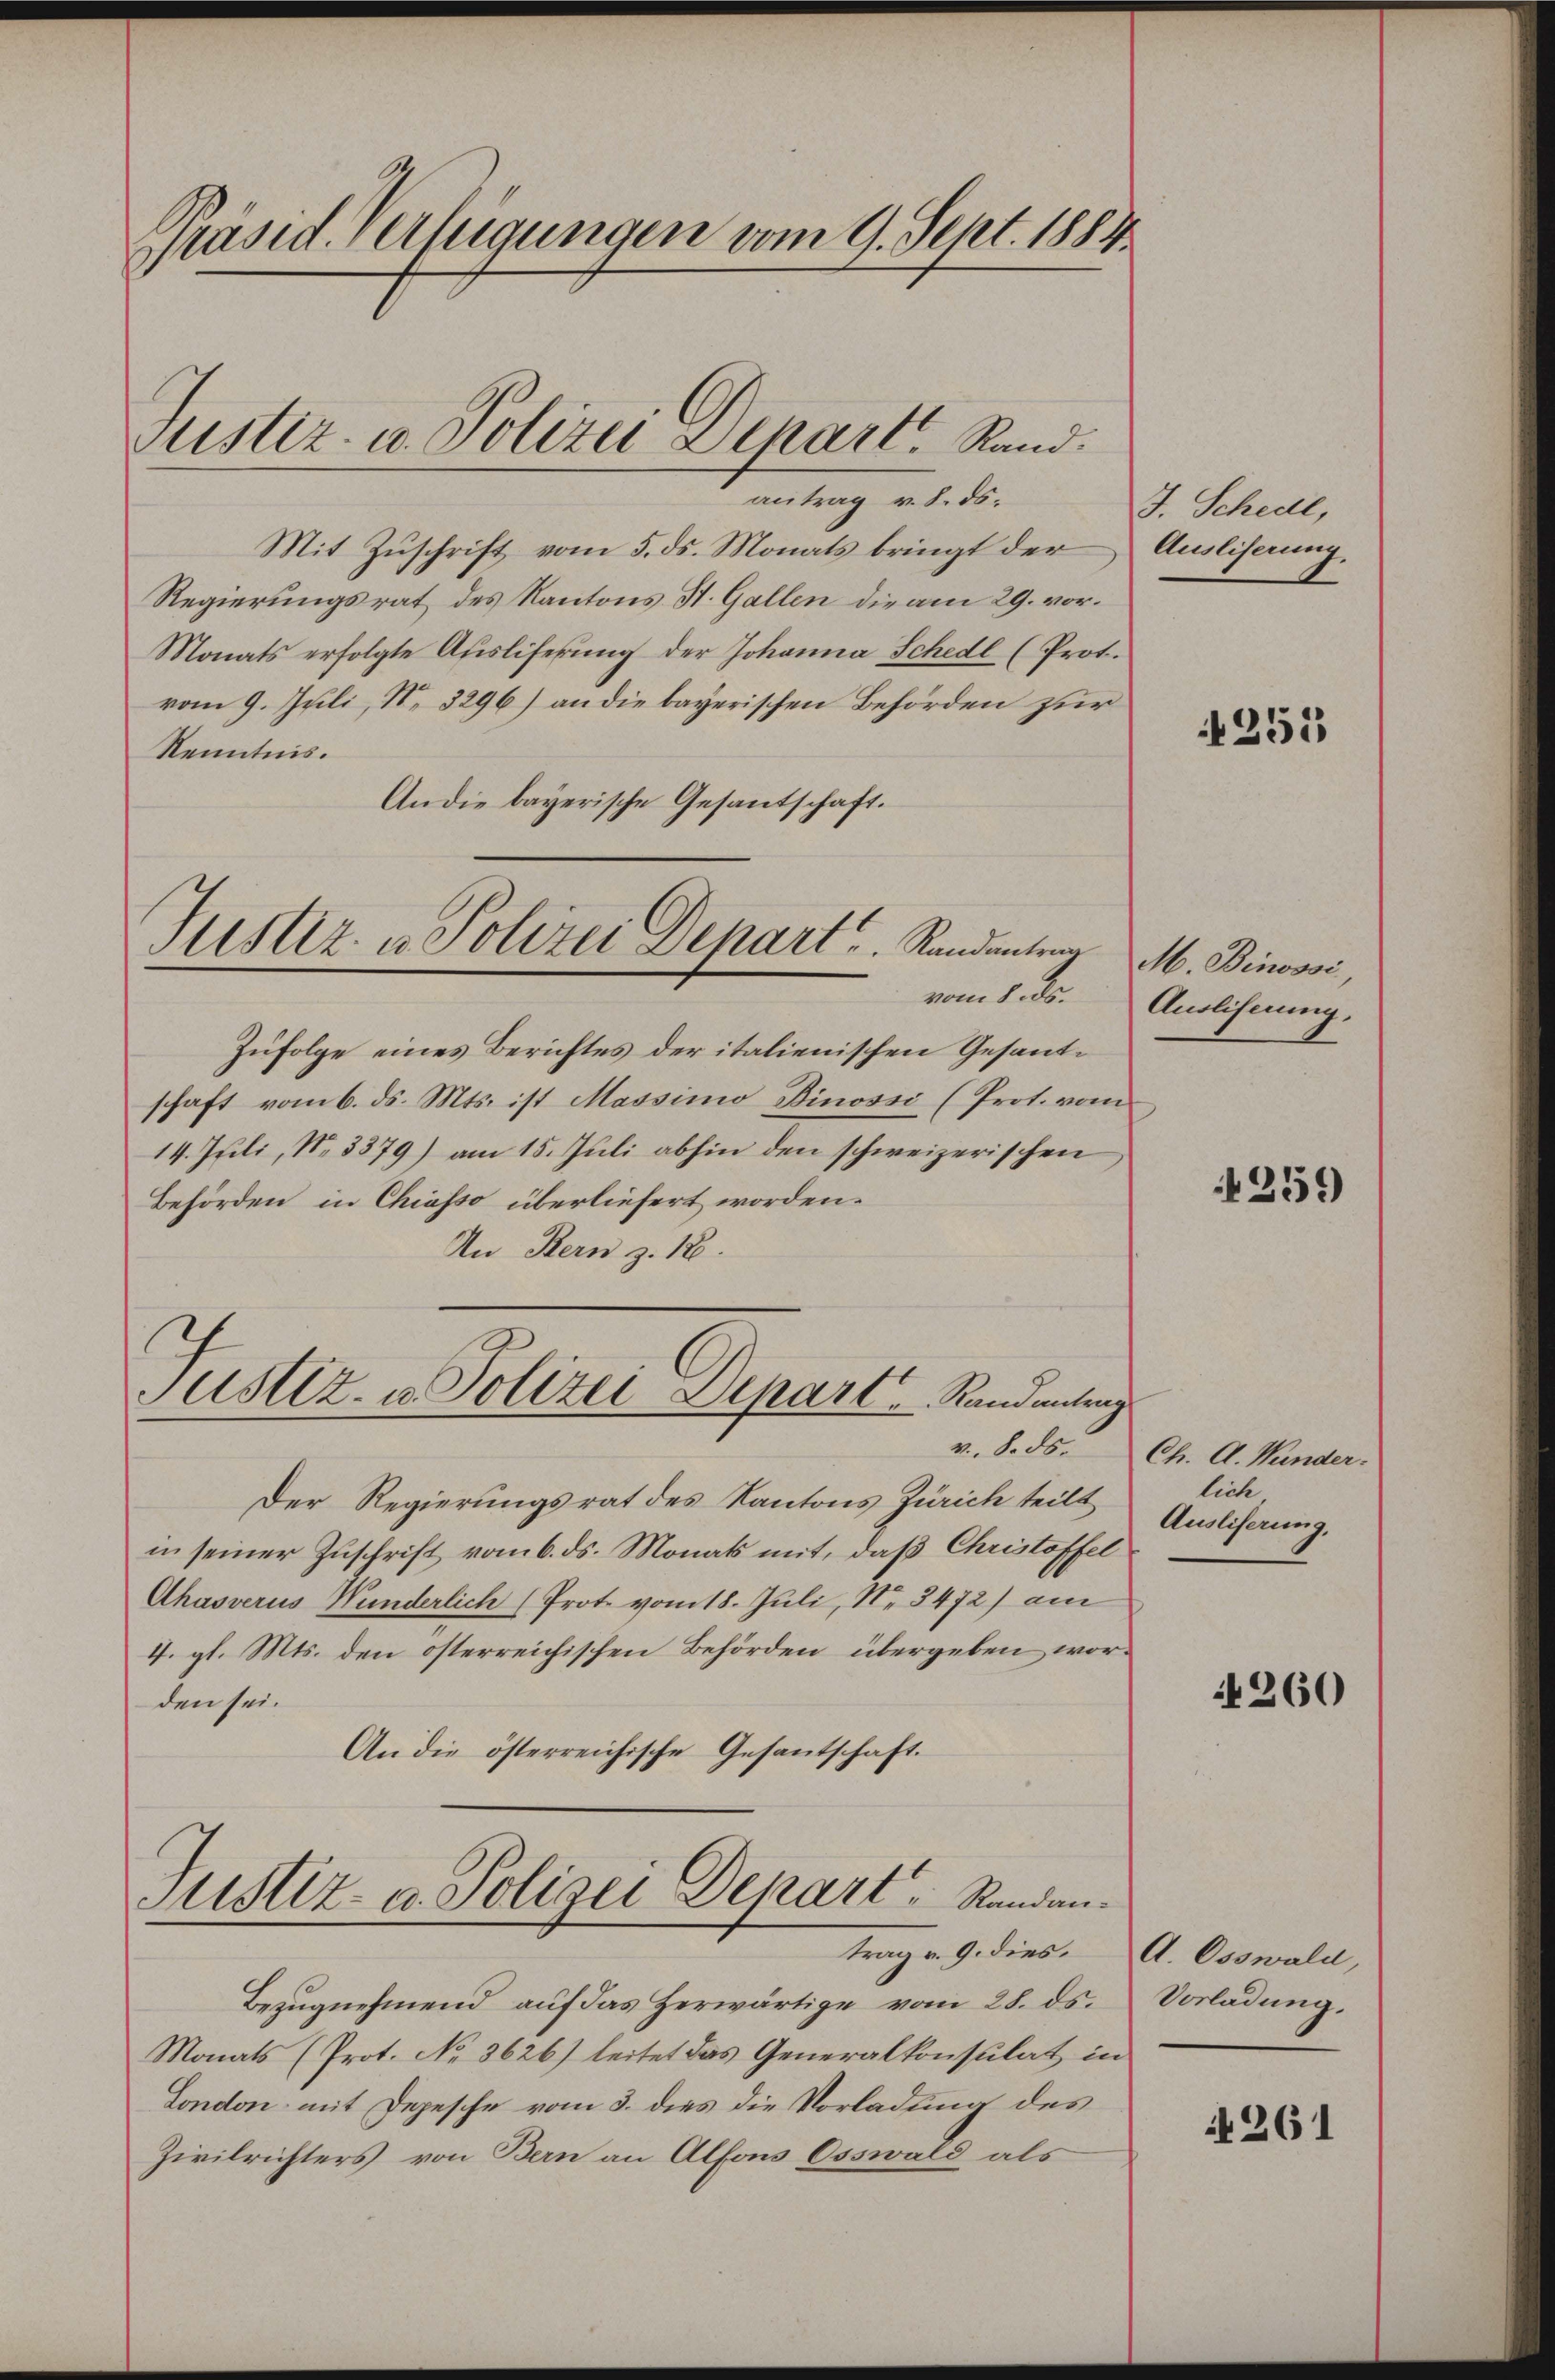
Präsid. Verfügungen vom 9. Sept. 1884.
1

Justiz- u. Polizei Depart Rand.

antrag v. 8. ds.
Mit Zuschrift vom 5. ds. Monats bringt der
Regierungsrat des Kantons St. Gallen die am 29. vor.
Monats erfolgte Aŭsliferŭng der Johanna Schedl (Prot.
vom 9. Juli, No 3296) an die bayerischen Behörden zur
Kenntnis.
An die bayerische Gesantschaft.

Justiz- u. Polizei Depart . . . .  Randantrag

Zufolge eines Berichtes der italienischen Gesandschaft vom 6. ds. Mts. ist Massimo Binosse (Prot. vom
14. Juli, No. 3379) am 15. Juli abhin den schweizerischen
Behörden in Chiasso überliefert worden.
An Kern z. 18.

Justiz- & Polizei Depart. Randantrag

trag v. 9. dies

v. 8. ds.
Der Regierungsrat des Kantons Zürich teilt Auslichung,
in seiner Zuschrift vom 6. ds. Monats mit, daß Christoffel
Ahasverus Wunderlich (Prote vom 18. Juli, No 3472) am
4. gl. Mts. den österreichischen Behörden übergeben worden sei.
An die österreichische Gesantschaft.
Justiz- u. Polizei Depart .   Randan¬

Bezŭgnehmend auf das herwärtige vom 28. ds.
Monats (Prot. No 3626) leitet das Generalkonsulat in
London mit Depesche vom 3. dies die Vorladung des
Zivilrichters von Bern an Alfons Esswald als

J. Schedl,
Ausliserung.

255

M. Binović,
vom 8. ds. Ausliferung

4359

Ch. A. Wunder.
lich,

N 260

A. Osswald,
Vorladung,

261